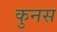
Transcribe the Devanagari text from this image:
कुनस